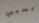
بسببي